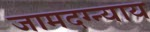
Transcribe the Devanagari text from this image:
जामदग्न्याय